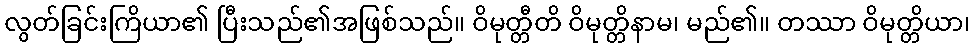
လွတ်ခြင်းကြိယာ၏ ပြီးသည်၏အဖြစ်သည်။ ဝိမုတ္တီတိ ဝိမုတ္တိနာမ၊ မည်၏။ တဿာ ဝိမုတ္တိယာ၊